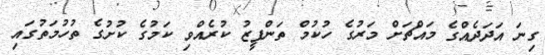
ގިނަ އަދަދެއްގެ މައްޗަށް މަރުގެ ހުކުމް ތަންފީޒު ކުރެއްވި ކަމުގެ ކުށުގެ ތުހުމަތުގައި